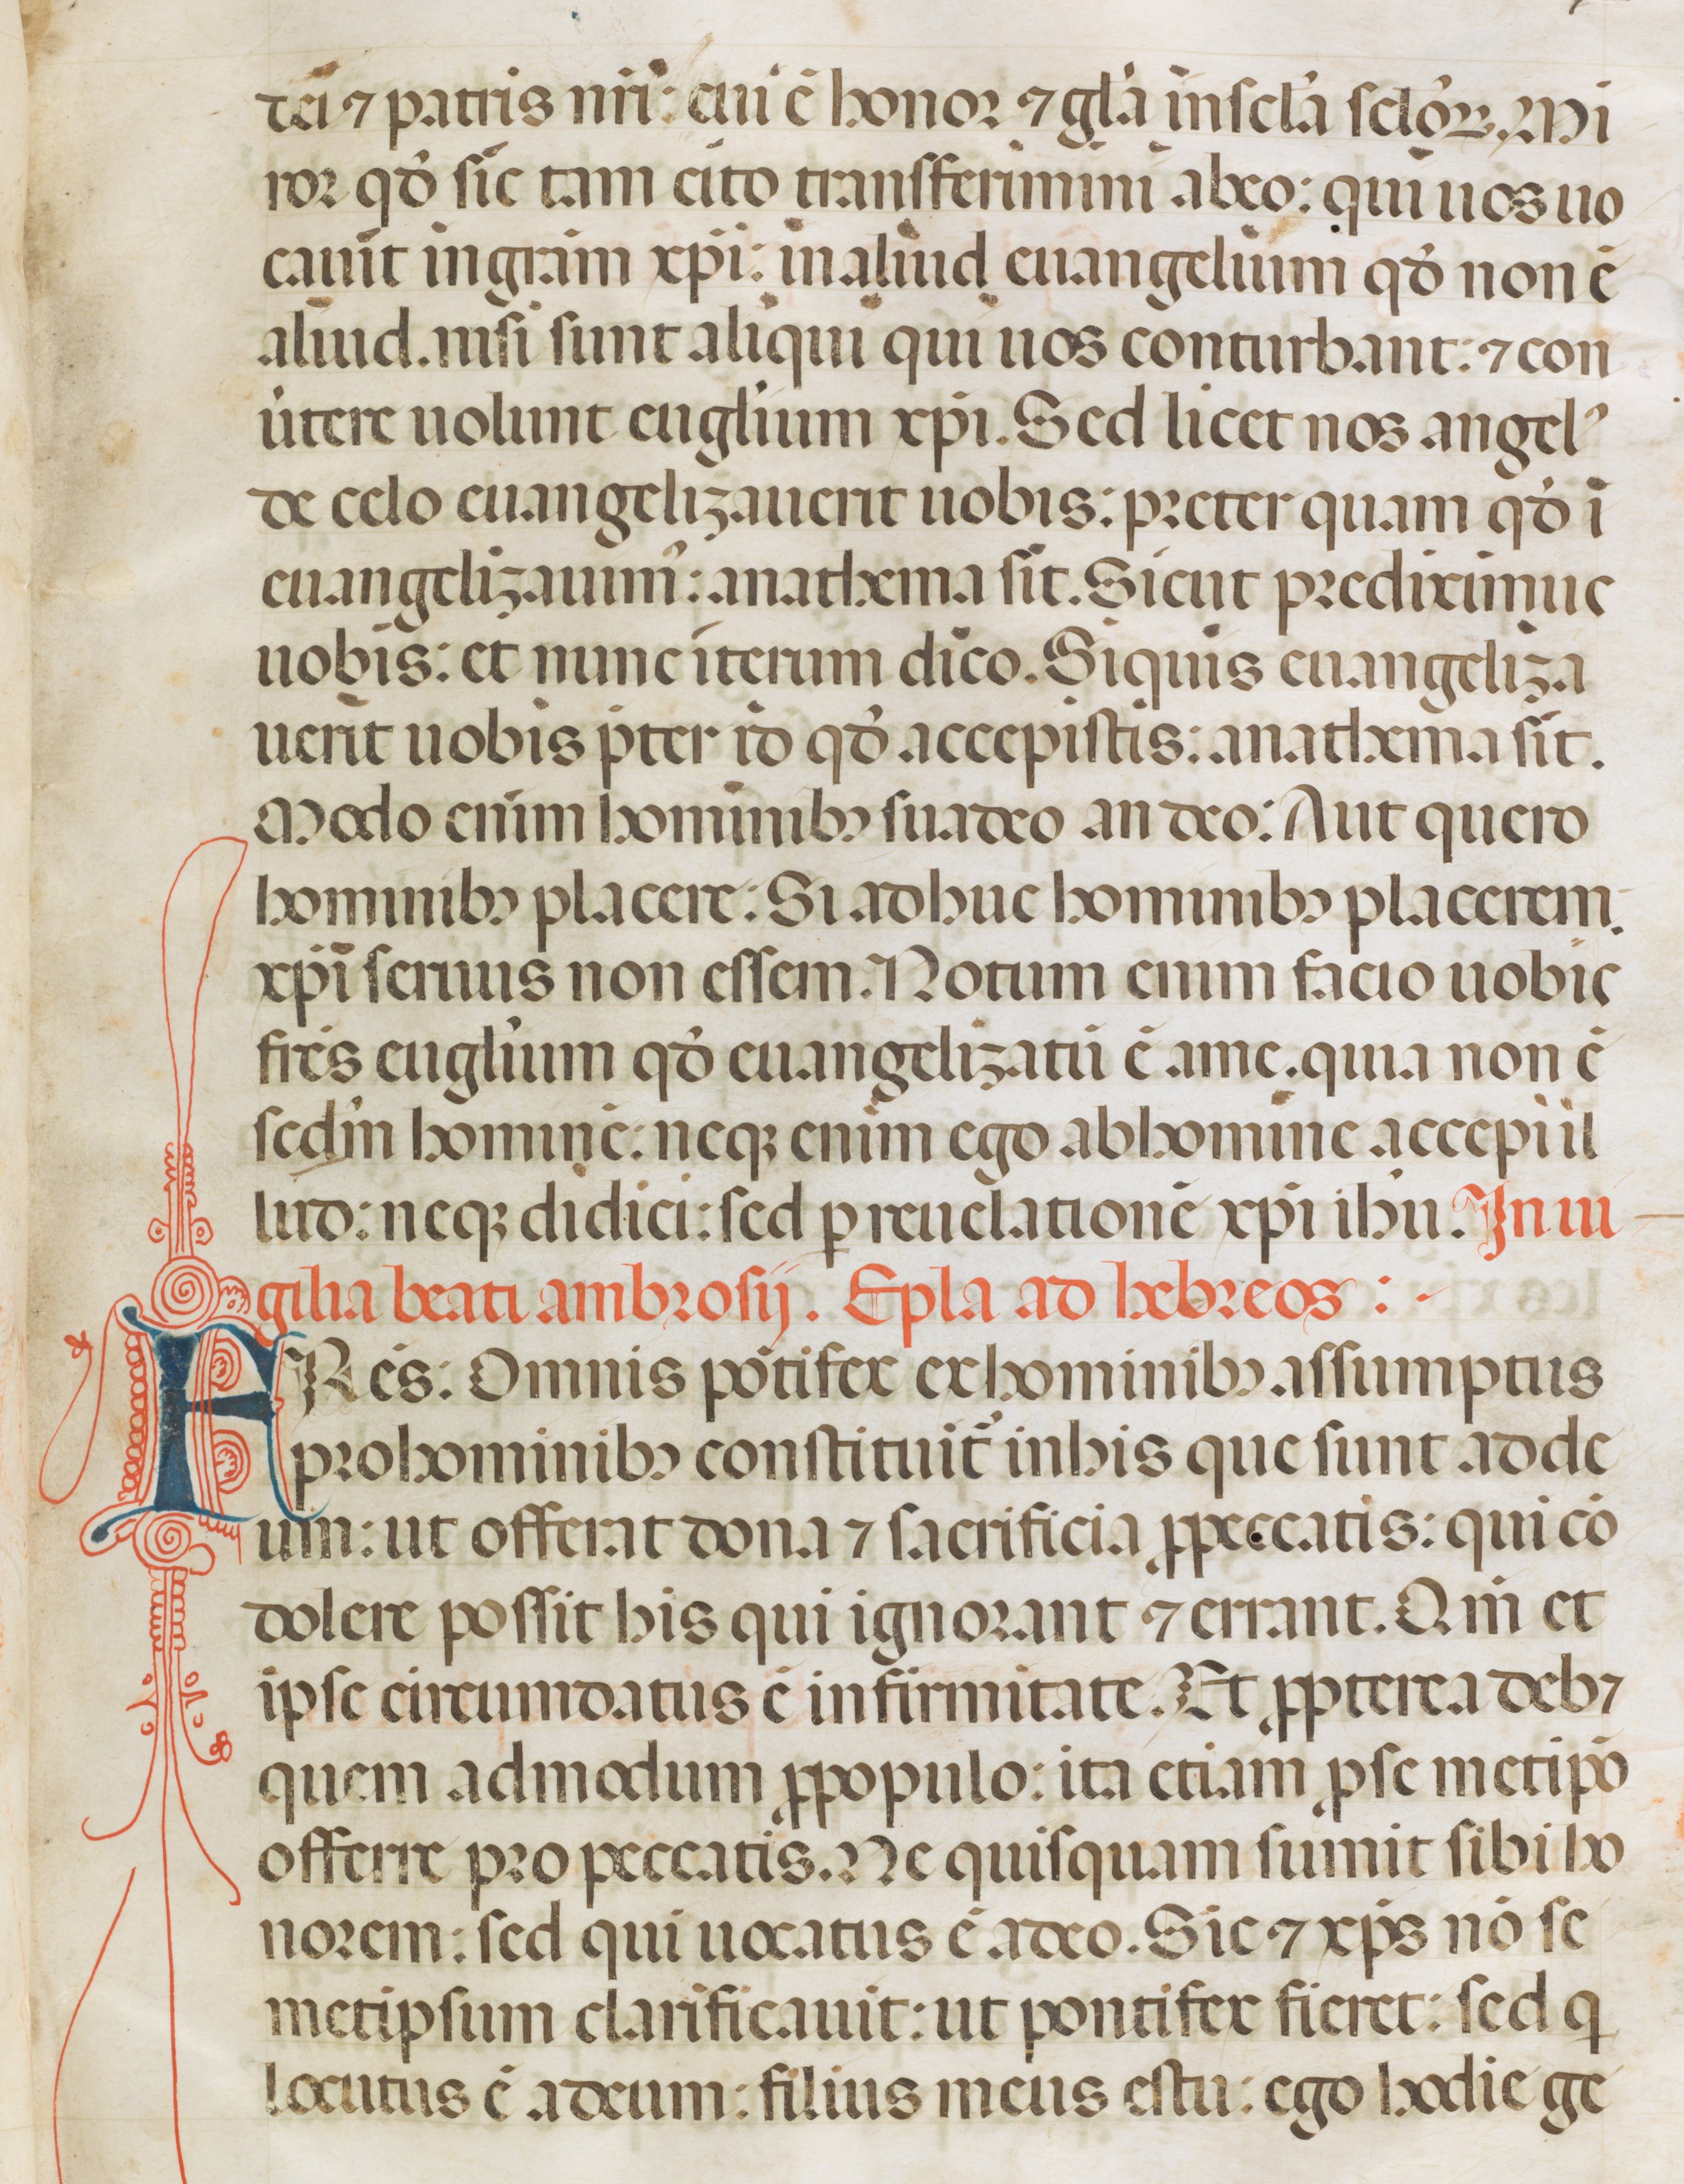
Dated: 1342–1342